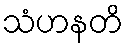
သံဟနတိ